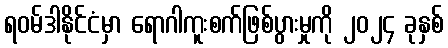
ရဝမ်ဒါနိုင်ငံမှာ ရောဂါကူးစက်ဖြစ်ပွားမှုကို ၂၀၂၄ ခုနှစ်